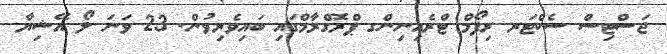
ޖަސްޓިސް ސެކްޓަރ ރިފޯމް ޓްރެއިނިންގ ޕްރޮގްރާމްގައި ބައިވެރިވުން. 23 ވަނަ ލޯ އޭޝިޔާ